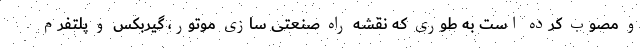
و مصوب کرده است به طوری که نقشه راه صنعتی سازی موتور، گیربکس و پلتفرم